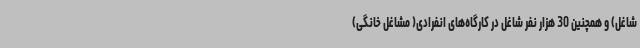
شاغل) و همچنین 30 هزار نفر شاغل در کارگاه‌های انفرادی( مشاغل خانگی)